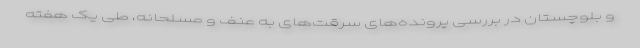
و بلوچستان در بررسی پرونده‌های سرقت‌های به عنف و مسلحانه، طی یک هفته